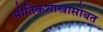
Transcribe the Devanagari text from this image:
भौतिकशास्त्रासोबत